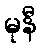
မုနီ